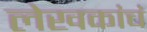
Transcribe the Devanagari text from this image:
लेखकांचं